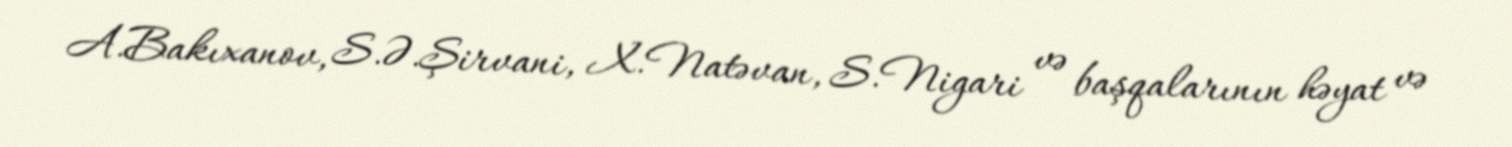
A.Bakıxanov, S.Ə.Şirvani, X.Natəvan, S.Nigari və başqalarının həyat və